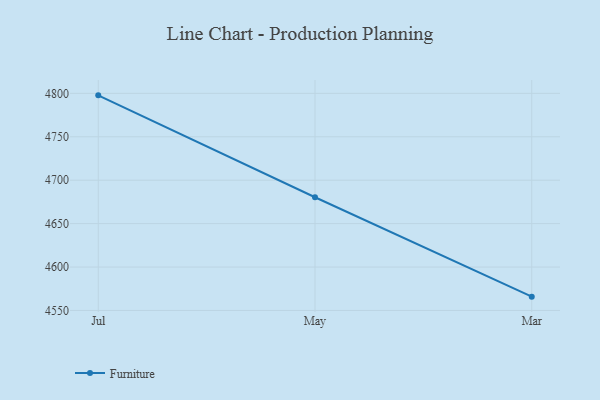
{"axis": {"x": "Month", "y": "Demand Index"}, "legend": ["Furniture"], "data": [{"x": "Jul", "y": 4797.7, "type": "Furniture"}, {"x": "May", "y": 4680.4, "type": "Furniture"}, {"x": "Mar", "y": 4565.9, "type": "Furniture"}]}